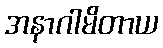
အနာဂါမိတာယ